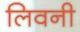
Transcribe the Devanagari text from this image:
लिवनी